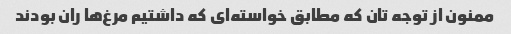
ممنون از توجه تان که مطابق خواسته‌ای که داشتیم مرغ‌ها ران بودند